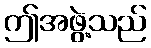
ဤအဖွဲ့သည်